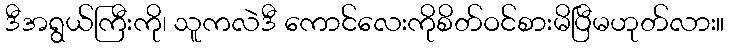
ဒီအရွယ်ကြီးကို၊ သူကလဲဒီ ကောင်လေးကိုစိတ်ဝင်စားမိပြီမဟုတ်လား။